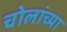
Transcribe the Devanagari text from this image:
चोलांच्या